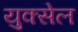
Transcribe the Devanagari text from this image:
युक्सेल